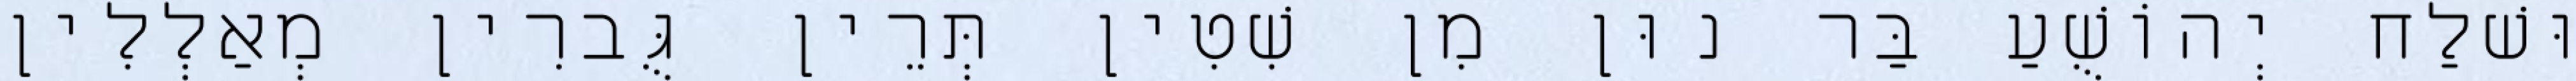
וּשׁלַח יְהוֹשֻׁעַ בַּר נוּן מִן שִׁטִין תְּרֵין גֻּברִין מְאַלְלִין